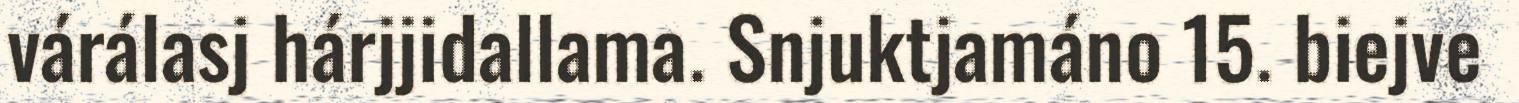
várálasj hárjjidallama. Snjuktjamáno 15. biejve